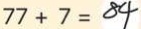
7 7 + 7 = 8 4